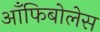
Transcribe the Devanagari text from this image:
आँफिबोलेस